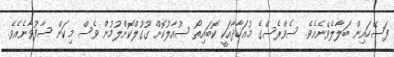
ފަސޭހައިން ބަލާލެވޭނެއެވެ. ސެވްރެސްގެ މުއަހާދާއަކީ ކޮބައިތޯ ސުއާލުކޮށް ގޫގުލްކޮށްލުމުން ވެސް މިކަން ސާފުވާނެއެވެ.